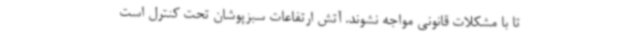
تا با مشکلات قانونی مواجه نشوند. آتش ارتفاعات سبزپوشان تحت کنترل است